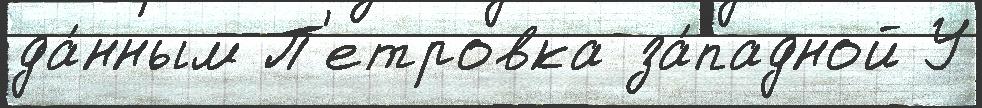
да́нным П'етровка за́падной У